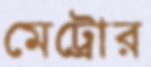
মেট্রোর